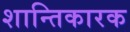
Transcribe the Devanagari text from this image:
शान्तिकारक